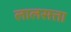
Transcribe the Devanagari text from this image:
लालसत्ता